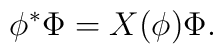
\phi^{\ast}\Phi = X(\phi)\Phi.